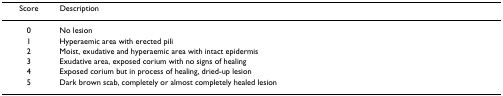
<table><thead><tr><td><b>Score</b></td><td><b>Description</b></td></tr></thead><tbody><tr><td>0</td><td>No lesion</td></tr><tr><td>1</td><td>Hyperaemic area with erected pili</td></tr><tr><td>2</td><td>Moist, exudative and hyperaemic area with intact epidermis</td></tr><tr><td>3</td><td>Exudative area, exposed corium with no signs of healing</td></tr><tr><td>4</td><td>Exposed corium but in process of healing, dried-up lesion</td></tr><tr><td>5</td><td>Dark brown scab, completely or almost completely healed lesion</td></tr></tbody></table>